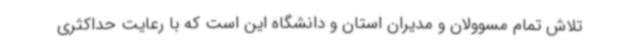
تلاش تمام مسوولان و مدیران استان و دانشگاه این است که با رعایت حداکثری